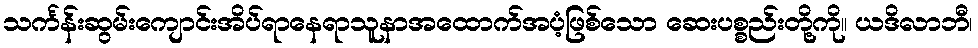
သင်္ကန်းဆွမ်းကျောင်းအိပ်ရာနေရာသူနာအထောက်အပံ့ဖြစ်သော ဆေးပစ္စည်းတို့ကို။ ယဒိလာဘီ၊